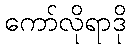
ကော်လိုရာဒို